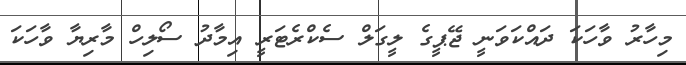
މިހާރު ވާހަކަ ދައްކަވަނީ ޖޭޕީގެ ލީގަލް ސެކްރެޓަރީ އިމާދު ސޯލިހް މާރިޔާ ވާހަކަ